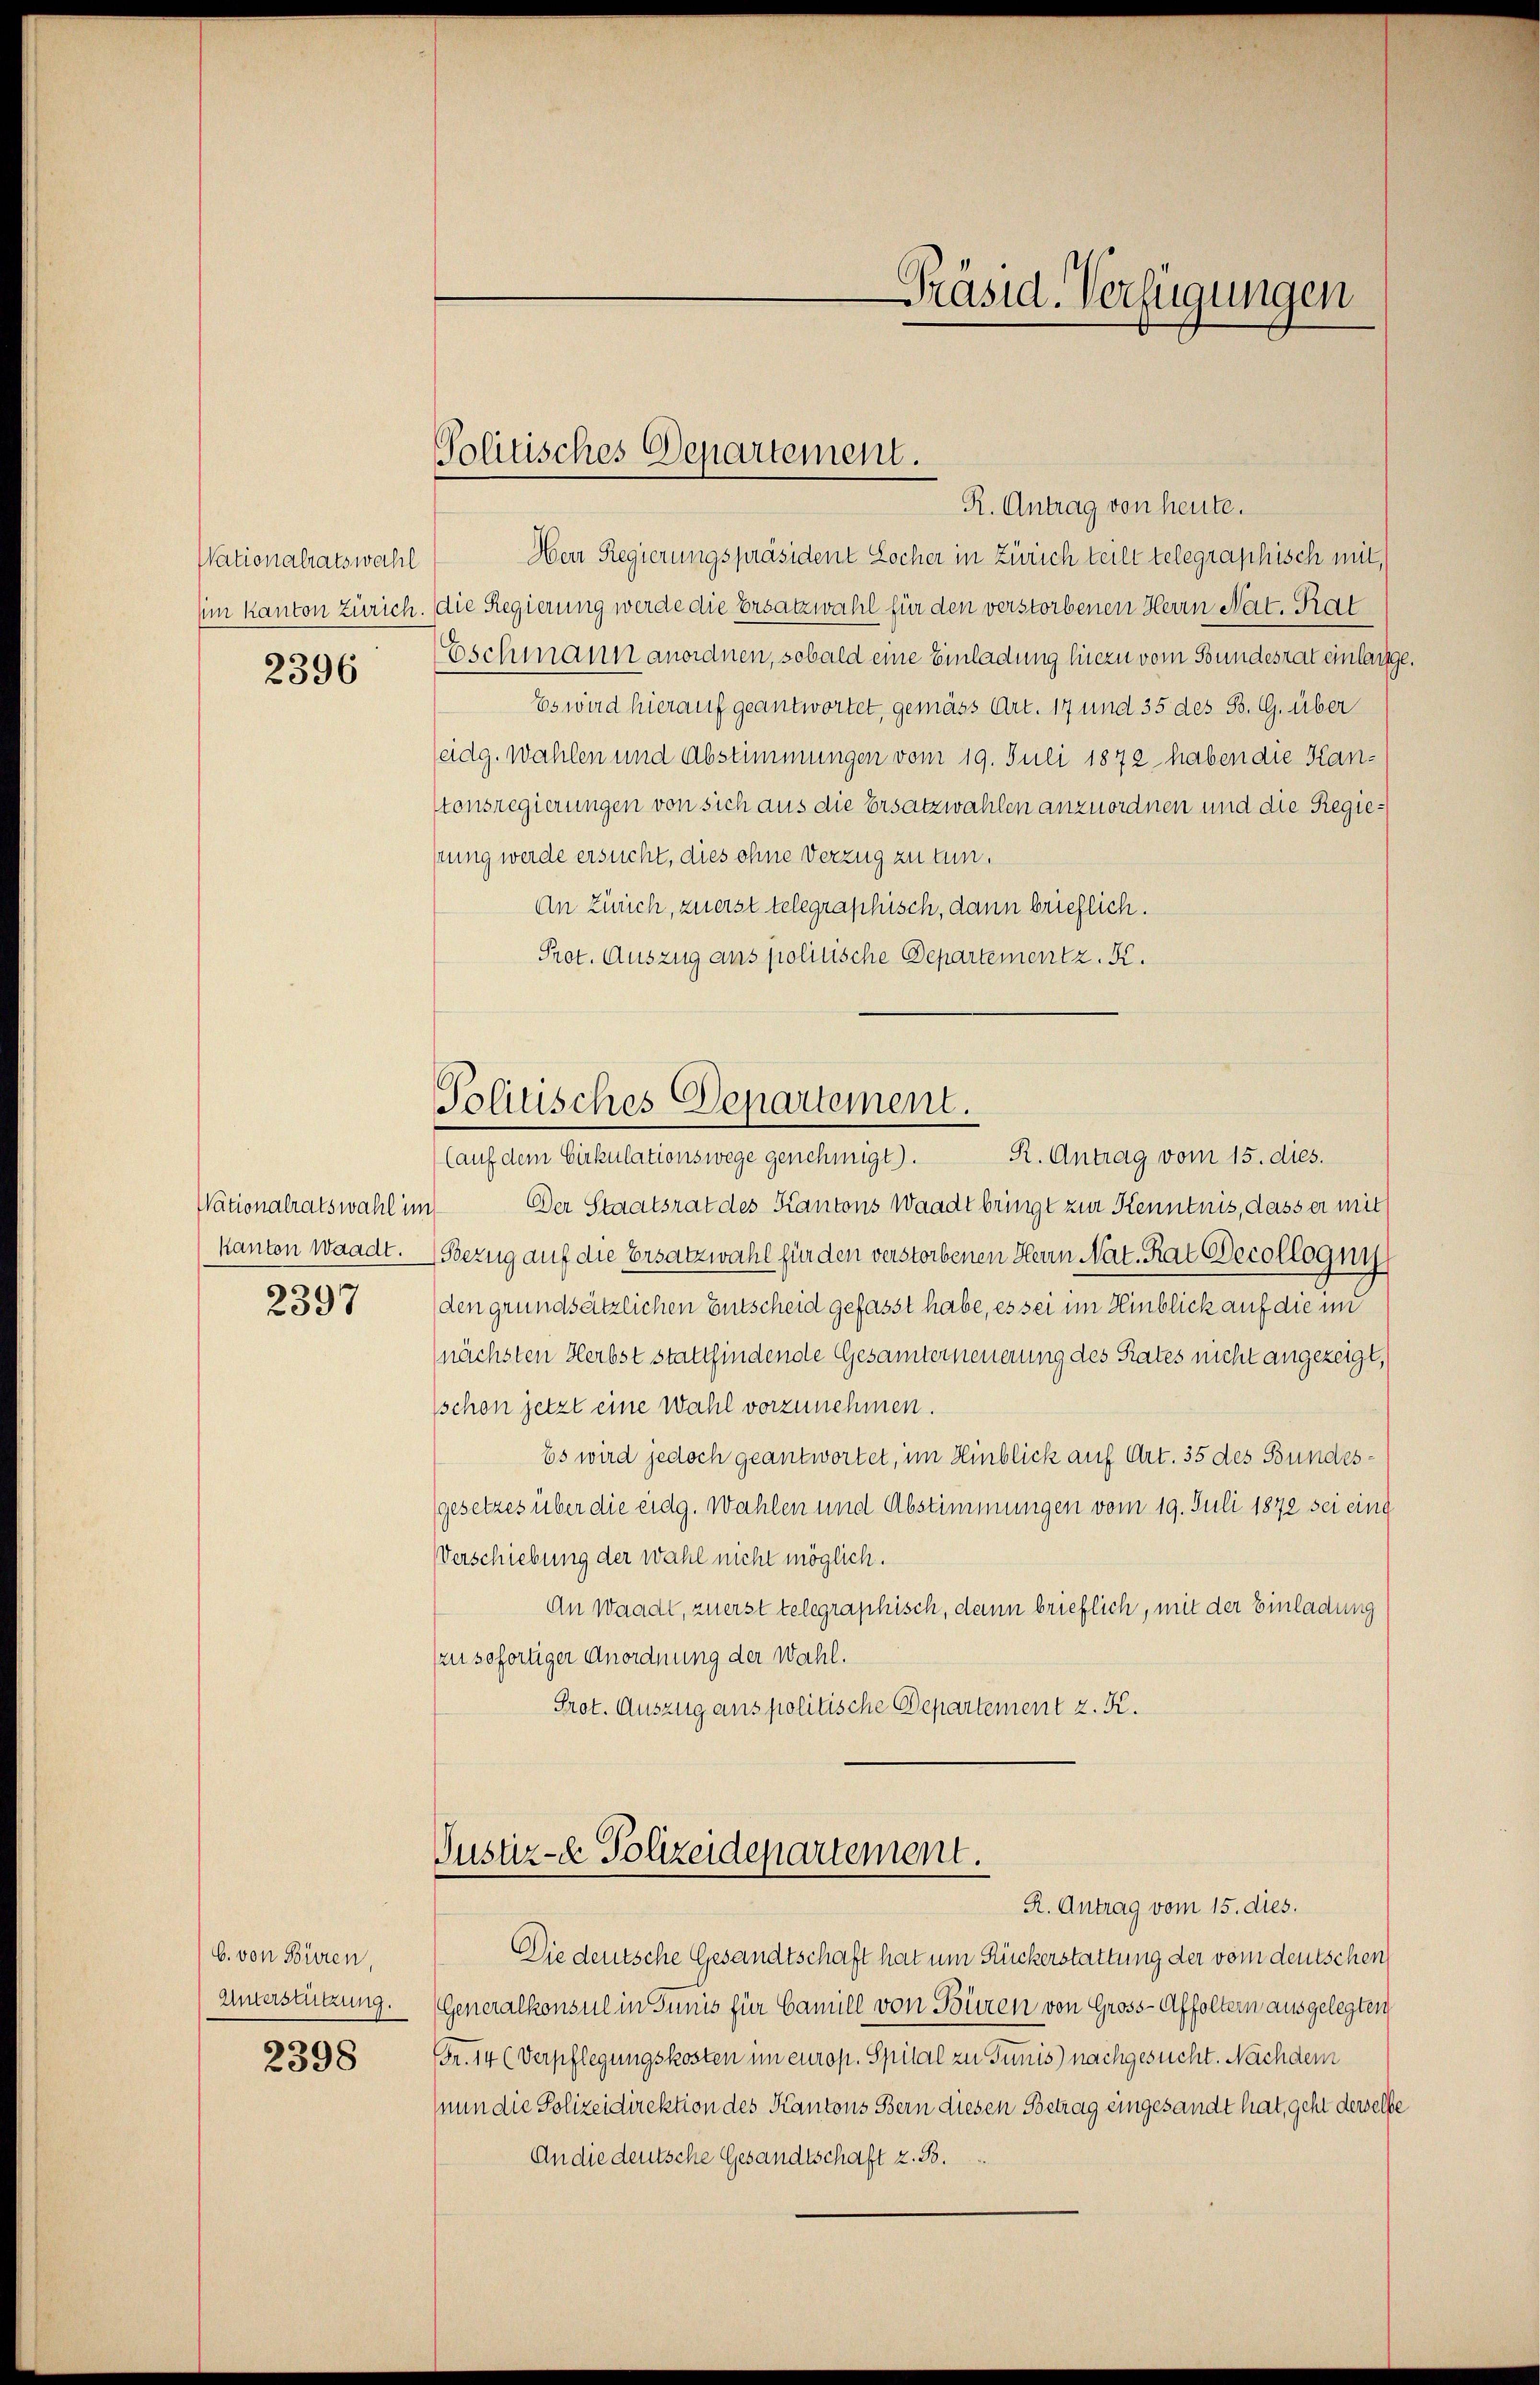
Nationalratswahl
um kanton Zürich

2396

Nationalratswahl in
kanton Waadt.

2397

b. von Bieren.
Unterstützung.

2398

Politisches Departement.

Präsid. Verfügungen

R. Antrag von heute.
Herr Regierungspräsident Locher in Zürich teilt telegraphisch mit,
 die Regierung werde die Ersatzwahl für den verstorbenen Herrn Nat. Rat
Eschmann anordnen, sobald eine Einladung hiezu vom Bundesrat einlange.
Es wird hierauf geantwortet, gemäss Art. 17 und 35 des B. G. über
seidg. Wahlen und Abstimmungen vom 19. Juli 1872 haben die Kantonsregierungen von sich aus die Ersatzwahlen anzuordnen und die Regierung werde ersucht, dies ohne Verzug zu tun.
An Zürich, zuerst telegraphisch, dann brieflich.
Prot. Auszug ans politische Departement z. K.
Politisches Departement.
(auf dem Cirkulationswege genehmigt). R. Antrag vom 15. dies.
n. Der Staatsrat des Kantons Waadt bringt zur Kenntnis, dass er mit
Bezug auf die Ersatzwahl für den verstorbenen Herrn Nat. Rat Decollogni
den grundsätzlichen Entscheid gefasst habe, es sei im Hinblick auf die im
nächsten Herbst stattfindende Gesamterneuerung des Rates nicht angezeigt,
schon jetzt eine Wahl vorzunehmen.
Es wird jedoch geantwortet, im Hinblick auf Art. 35 des Bundesgesetzes über die eidg. Wahlen und Abstimmungen vom 19. Juli 1872 sei eine
Verschiebung der Wahl nicht möglich.
An Waadt, zuerst telegraphisch, dann brieflich, mit der Einladung
zu sofortiger Anordnung der Wahl.
Prot. Auszug anspolitische Departement z. K.

Justiz- & Polizeidepartement.
R. Antrag vom 15. dies.

Die deutsche Gesandtschaft hat um Ruckerstattung der vom deutschen
Generalkonsul in Tunis für Camill von Büren von Gross-Affoltern ausgelegten
Fr. 14 (Verpflegungskosten im europ. Spital zu Tunis) nachgesucht. Nachdem
nun die Polizeidirektion des Kantons Bern diesen Betrag eingesandt hat, geht derselbe
An die deutsche Gesandtschaft z. B.